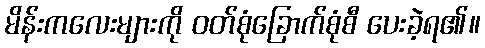
မိန်းကလေးများကို ဝတ်စုံခြောက်စုံစီ ပေးခဲ့ရ၏။